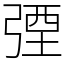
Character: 㢾